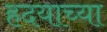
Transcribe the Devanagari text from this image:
हदयाच्या